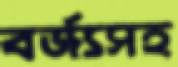
বর্জ্যসহ